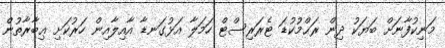
މަނިކުފާނަށް ބަޔަކު ދިން ރަޙްމުކުޑަ ޓެރަރިސްޓް ހަމަލާ އަޅުގަނޑާ އާއިލާއިން ހަރުކަށި ޢިބާރާތުން